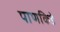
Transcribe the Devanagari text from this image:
पाणकिडे